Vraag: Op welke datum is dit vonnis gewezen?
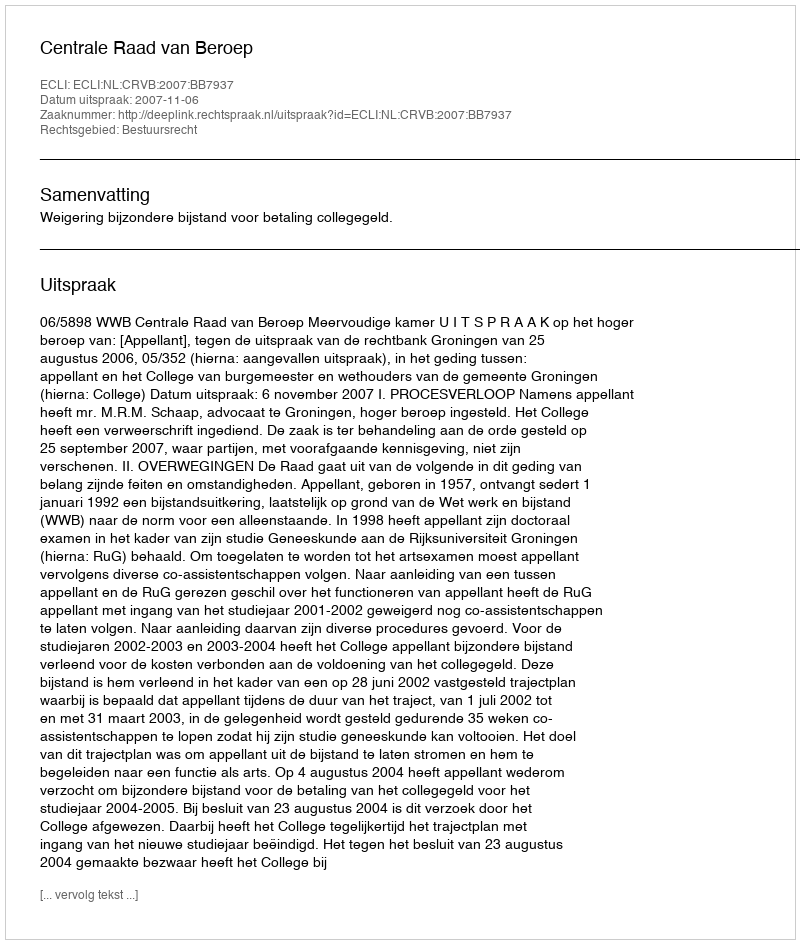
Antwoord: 2007-11-06